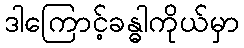
ဒါကြောင့်ခန္ဓါကိုယ်မှာ